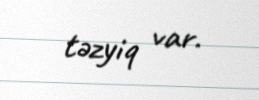
təzyiq var.